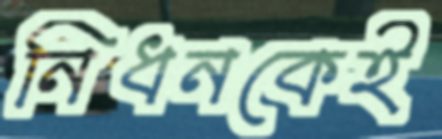
নিধনকেই